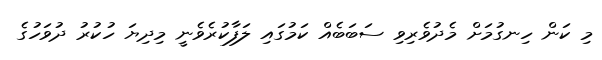
މި ކަން ހިނގުމަށް މެދުވެރިވި ސަބަބެއް ކަމުގައި ލަފާކުރެވެނީ މިދިޔަ ހުކުރު ދުވަހުގެ